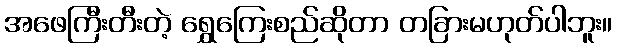
အဖေကြီးတီးတဲ့ ရွှေကြေးစည်ဆိုတာ တခြားမဟုတ်ပါဘူး။